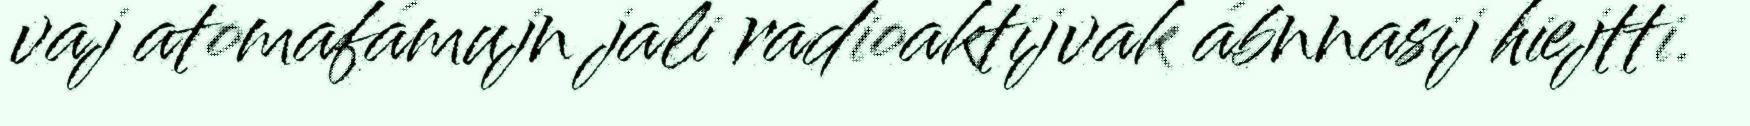
vaj atomafámujn jali radioaktijvak ábnnasij hiejtti.